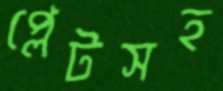
প্লেটসহ